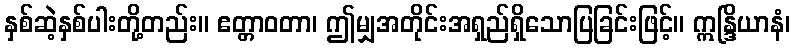
နှစ်ဆဲ့နှစ်ပါးတို့တည်း။ ဧတ္တာဝတာ၊ ဤမျှအတိုင်းအရှည်ရှိသောပြခြင်းဖြင့်။ ဣန္ဒြိယာနံ၊